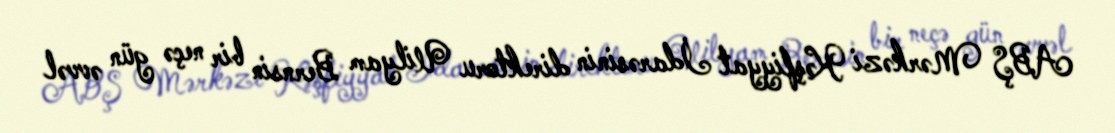
ABŞ Mərkəzi Kəşfiyyat İdarəsinin direktoru Uilyam Bernsin bir neçə gün əvvəl